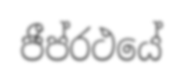
ජීප්රථයේ